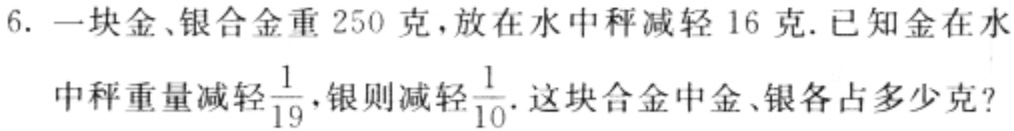
6. 一块金、银合金重 250 克，放在水中秤减轻 16 克. 已知金在水中秤重量减轻$\frac{1}{19}$，银则减轻$\frac{1}{10}$. 这块合金中金、银各占多少克?